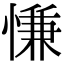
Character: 慊